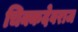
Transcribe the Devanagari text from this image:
चिक्कदेवराज